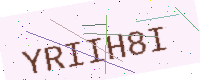
Text: YRIIH8I